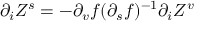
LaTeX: \partial _ { i } Z ^ { s } = - \partial _ { v } f ( \partial _ { s } f ) ^ { - 1 } \partial _ { i } Z ^ { v }